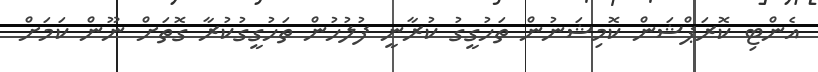
އެންޓި ކޮރަޕްޝަން ކޮމިޝަނުން ތަހުގީގު ކުރާނީ ފުލުހުން ތަހުގީގުކުރާ ގޮތަށް ނޫން ކަމަށް